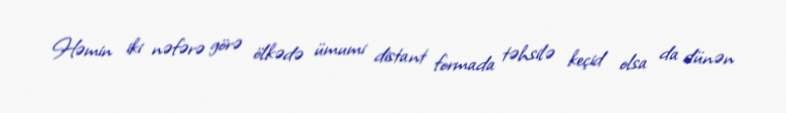
Həmin iki nəfərə görə ölkədə ümumi distant formada təhsilə keçid olsa da dünən